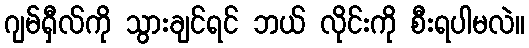
ဂျမ်ရှီလ်ကို သွားချင်ရင် ဘယ် လိုင်းကို စီးရပါမလဲ။